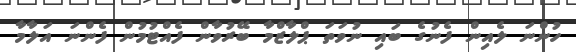
ހުންނަ ލެއިން ފެނުގެ ބައި ނުވަތަ ޕްލާޒްމާ ބޭރުވާން ފެއްޓުމުން ފެންނަ އަލާމާ